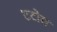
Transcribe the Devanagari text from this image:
टटोल